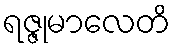
ရဇ္ဇုမာလေတိ